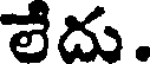
లేదు.